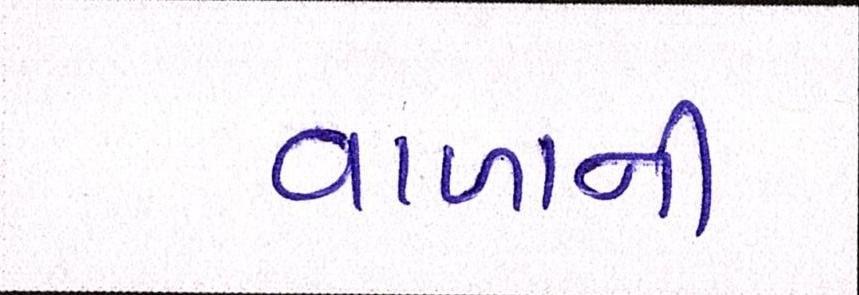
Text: વાળાની